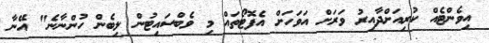
އިވެންޓެއް ކުރިއަށްދާއިރު ވަރަށް އަވަހަށް އެފޮޓޯތައް މި ވެބްސައިޓުން ލިބެން ހުންނާނެ" އޭނާ